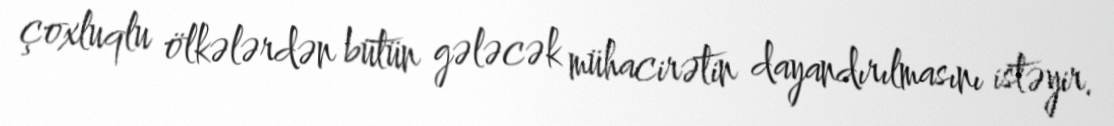
çoxluqlu ölkələrdən bütün gələcək mühacirətin dayandırılmasını istəyir.